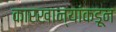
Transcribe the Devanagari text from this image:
कारखान्यांकडून